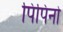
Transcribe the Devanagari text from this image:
पिपिनो